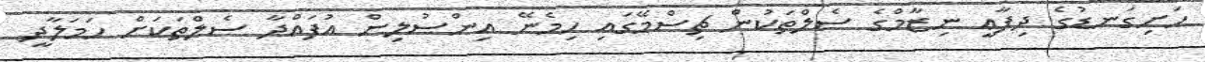
ހަށިގަނޑުގެ ދިފާޢީ ނިޒާމްގެ ސެލްތަކުން ޗިސްމޭގައި ހިމެނޭ އިންސުލިން އުފައްދާ ސެލްތަކަށް ހަމަލާދީ